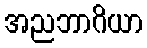
အညဘာဂိယာ